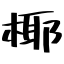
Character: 椰